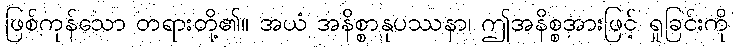
ဖြစ်ကုန်သော တရားတို့၏။ အယံ အနိစ္စာနုပဿနာ၊ ဤအနိစ္စအားဖြင့် ရှုခြင်းကို